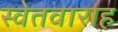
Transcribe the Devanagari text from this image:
स्वेतवाराह